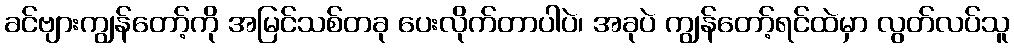
ခင်ဗျားကျွန်တော့်ကို အမြင်သစ်တခု ပေးလိုက်တာပါပဲ၊ အခုပဲ ကျွန်တော့်ရင်ထဲမှာ လွတ်လပ်သူ